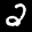
Label: 2